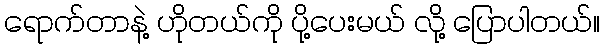
ရောက်တာနဲ့ ဟိုတယ်ကို ပို့ပေးမယ် လို့ ပြောပါတယ်။